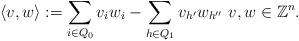
LaTeX: \begin{align*}\langle v,w \rangle := \sum_{i\in Q_0}v_iw_i - \sum_{h\in Q_1} v_{h'}w_{h''} \,\, v,w\in \mathbb{Z}^n.\end{align*}